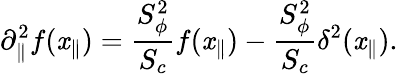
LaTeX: \partial_{\| }^{2}f(\mathit{x}_{\| })={\frac{{S_{\phi}^{2}}}{{S_{c}}}}f(\mathit{x}_{\| })-{\frac{{S_{\phi}^{2}}}{{S_{c}}}}\delta^{2}(\mathit{x}_{\| }).